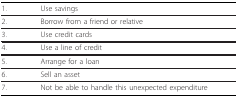
<table><thead><tr><td><b>1.</b></td><td><b>Use savings</b></td></tr></thead><tbody><tr><td>2.</td><td>Borrow from a friend or relative</td></tr><tr><td>3.</td><td>Use credit cards</td></tr><tr><td>4.</td><td>Use a line of credit</td></tr><tr><td>5.</td><td>Arrange for a loan</td></tr><tr><td>6.</td><td>Sell an asset</td></tr><tr><td>7.</td><td>Not be able to handle this unexpected expenditure</td></tr></tbody></table>